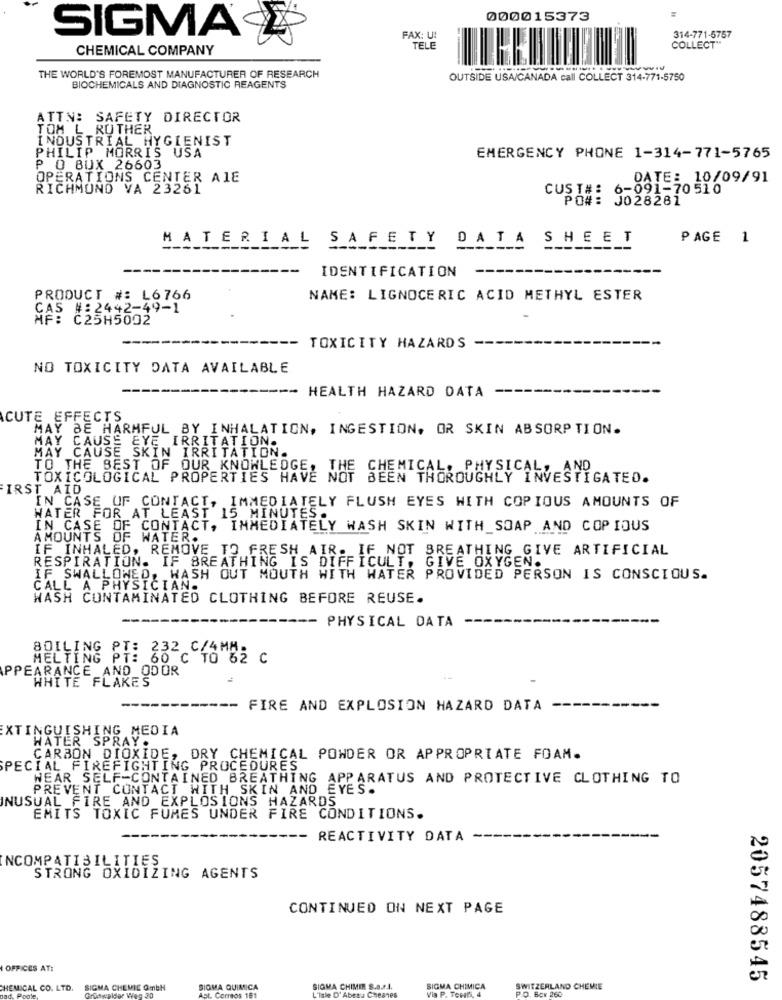
000015373
SIGMA
FAX: U!
314-771-5757
CHEMICAL COMPANY
TELE
COLLECT"
THE WORLD'S FOREMOST MANUFACTURER OF RESEARCH
OUTSIDE USA/CANADA call COLLECT 314-771-5750
BIOCHEMICALS AND DIAGNOSTIC REAGENTS
ATTN: SAFETY DIRECTOR
TOM L_ROTHER
INDUSTRIAL HYGIENIST
PHILIP MORRIS USA
EMERGENCY PHONE 1-314-771-5765
P O BOX 26603
OPERATIONS CENTER AIE
DATE: 10/09/91
RICHMOND VA 23261
CUST#: 6-091-70510
PO#: J028281
MATERIAL SAFETY DATA SHEET
PAGE 1
IDENTIFICATION
-
PRODUCT #: L6766
NAME: LIGNOCERIC ACID METHYL ESTER
CAS #: 2442-4
MF: C25H5002
-- TOXICITY HAZARDS
NO TOXICITY DATA AVAILABLE
-- HEALTH HAZARD DATA
CUTE EFFECTS
MAY BE HARMFUL BY INHALATION, INGESTION, OR SKIN ABSORPTION.
MAY CAUSE EYE IRRITATION.
MAY CAUSE SKIN IRRITATION.
TO THE BEST OF OUR KNOWLEDGE, THE CHEMICAL, PHYSICAL,
TOXICOLOGICAL PROPERTIES HAVE NOT BEEN THOROUGHLY INVESTIGATED.
FIRST AID
IN CASE UF CONTACT, IMMEDIATELY FLUSH EYES WITH COPIOUS AMOUNTS OF
WATER FOR AT LEAST 15 MINUTES.
IN CASE OF CONTACT, IMMEDIATELY WASH SKIN WITH SOAP AND COPIOUS
AMOUNTS OF WATER.
IF INHALED, REMOVE TO FRESH AIR. IF NOT BREATHING GIVE ARTIFICIAL
RESPIRATION. IF BREATHING IS DIFFICULT, GIVE OXYGEN.
IF SWALLOWED, WASH OUT MOUTH WITH WATER PROVIDED PERSON IS CONSCIOUS.
CALL A PHYSICIAN.
WASH CONTAMINATED CLOTHING BEFORE REUSE.
-- PHYSICAL DATA
BOILING PT: 232 C/4MM.
MELTING PT: 60 C TO 62 C
PPEARANCE_AND_ODOR
WHITE FLAKES
----
------- FIRE AND EXPLOSION HAZARD DATA
EXTINGUISHING MEDIA
WATER SPRAY .
CARBON DIOXIDE, DRY CHEMICAL POWDER OR APPROPRIATE FOAM.
SPECIAL FIREFIGHTING PROCEDURES
WEAR SELF-CONTAINED BREATHING APPARATUS AND PROTECTIVE CLOTHING TO
PREVENT CONTACT WITH SKIN AND EYES.
INUSUAL FIRE AND EXPLOSIONS HAZARDS
EMITS TOXIC FUMES UNDER FIRE CONDITIONS.
REACTIVITY DATA
INCOMPATIBILITIES
STRONG OXIDIZING AGENTS
CONTINUED ON NEXT PAGE
OFFICES AT:
2057488545
CHEMICAL CO. LTD.
SIGMA CHEMIE Gmbh
Groswalder Weg 30
SIGMA QUIMICA
SIGMA CHIMIE S.a.s.A.
"isle D'Abeau C
SIGMA CHIMICA
Mia P. Tertli, 4
SWITZERLAND CHEMIE
ad. Poo
Correos 1